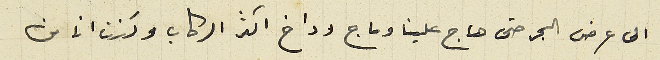
الى عرض البحر حتى هاج علينا وماج وداخ اكثر الركاب وكنت انا من